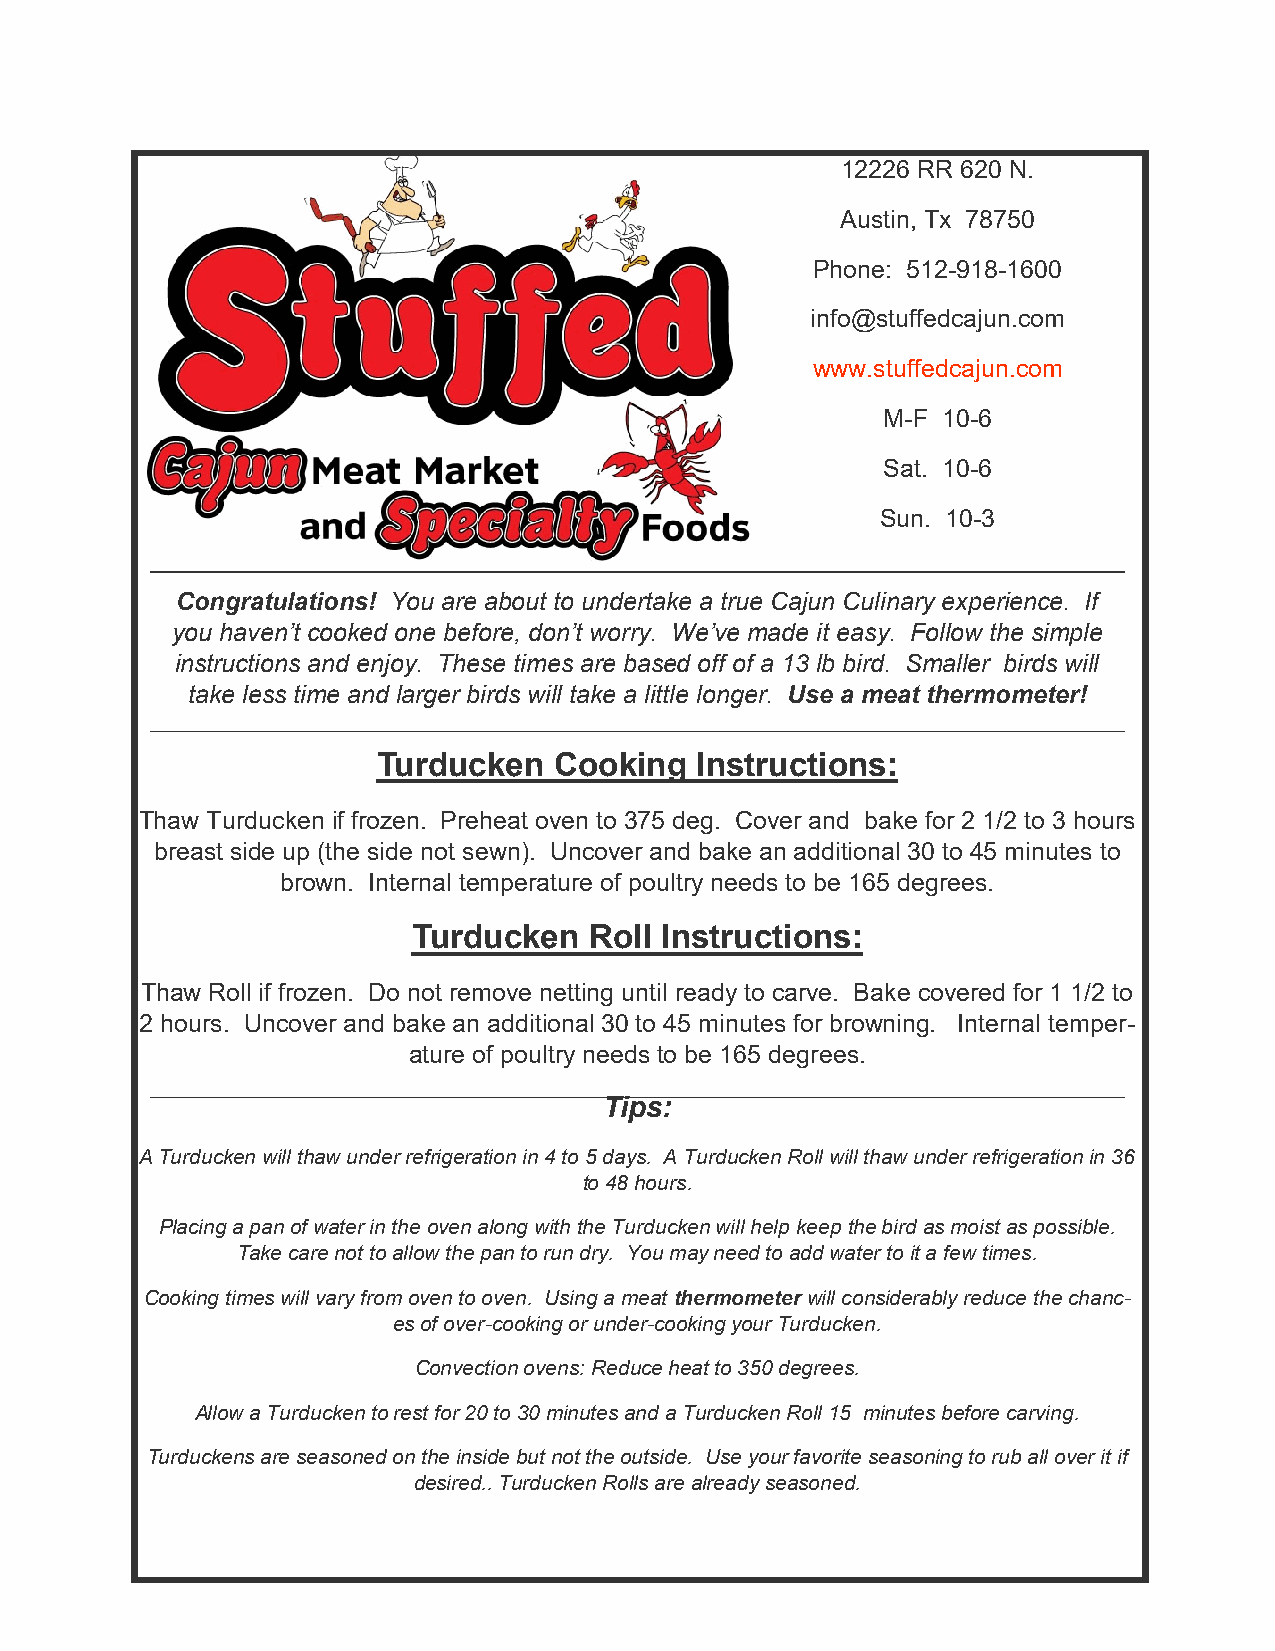
12226 RR 620 N.
 Austin, Tx 78750
 Phone: 512-918-1600
 info@stuffedcajun.com
 www.stuffedcajun.com
 M-F 10-6
 Sat. 10-6
 Sun. 10-3
 Congratulations! You are about to undertake a true Cajun Culinary experience. If
 you haven’t cooked one before, don’t worry. We’ve made it easy. Follow the simple
 instructions and enjoy. These times are based off of a 13 lb bird. Smaller birds will
 take less time and larger birds will take a little longer. Use a meat thermometer!
 Turducken   Cooking  Instructions:
 Thaw Turducken if frozen. Preheat oven to 375 deg. Cover and bake for 2 1/2 to 3 hours
 breast side up (the side not sewn). Uncover and bake an additional 30 to 45 minutes to
 brown. Internal temperature of poultry needs to be 165 degrees.
 Turducken   Roll Instructions:
 Thaw Roll if frozen. Do not remove netting until ready to carve. Bake covered for 1 1/2 to
 2 hours. Uncover and bake an additional 30 to 45 minutes for browning. Internal temper-
 ature of poultry needs to be 165 degrees.
 Tips:
 A Turducken will thaw under refrigeration in 4 to 5 days. A Turducken Roll will thaw under refrigeration in 36
 to 48 hours.
 Placing a pan of water in the oven along with the Turducken will help keep the bird as moist as possible.
 Take care not to allow the pan to run dry. You may need to add water to it a few times.
 Cooking times will vary from oven to oven. Using a meat thermometer will considerably reduce the chanc-
 es of over-cooking or under-cooking your Turducken.
 Convection ovens: Reduce heat to 350 degrees.
 Allow a Turducken to rest for 20 to 30 minutes and a Turducken Roll 15 minutes before carving.
 Turduckens are seasoned on the inside but not the outside. Use your favorite seasoning to rub all over it if
 desired.. Turducken Rolls are already seasoned.